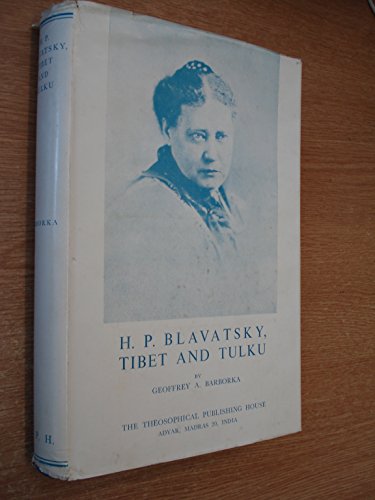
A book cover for H P Blavatsky: Tibet and Tulku; Geoffrey A. Barborka; Travel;